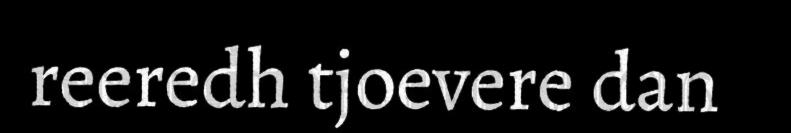
reeredh tjoevere dan